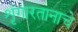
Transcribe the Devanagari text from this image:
शृंगारतानाचे